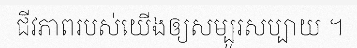
ជីវភាពរបស់យើងឲ្យសម្បូរសប្បាយ ។